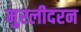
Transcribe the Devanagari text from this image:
मुरलीदरन